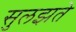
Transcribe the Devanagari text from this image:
सुलझते